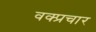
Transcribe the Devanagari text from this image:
वक्प्रचार